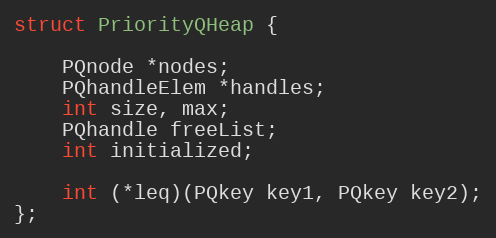
Language: C
struct PriorityQHeap {

	PQnode *nodes;
	PQhandleElem *handles;
	int size, max;
	PQhandle freeList;
	int initialized;

	int (*leq)(PQkey key1, PQkey key2);
};